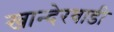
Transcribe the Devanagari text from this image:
खान्देरवाडी